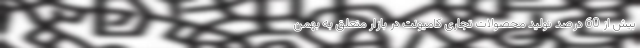
بیش از 60 درصد تولید محصولات تجاری کامیونت در بازار متعلق به بهمن